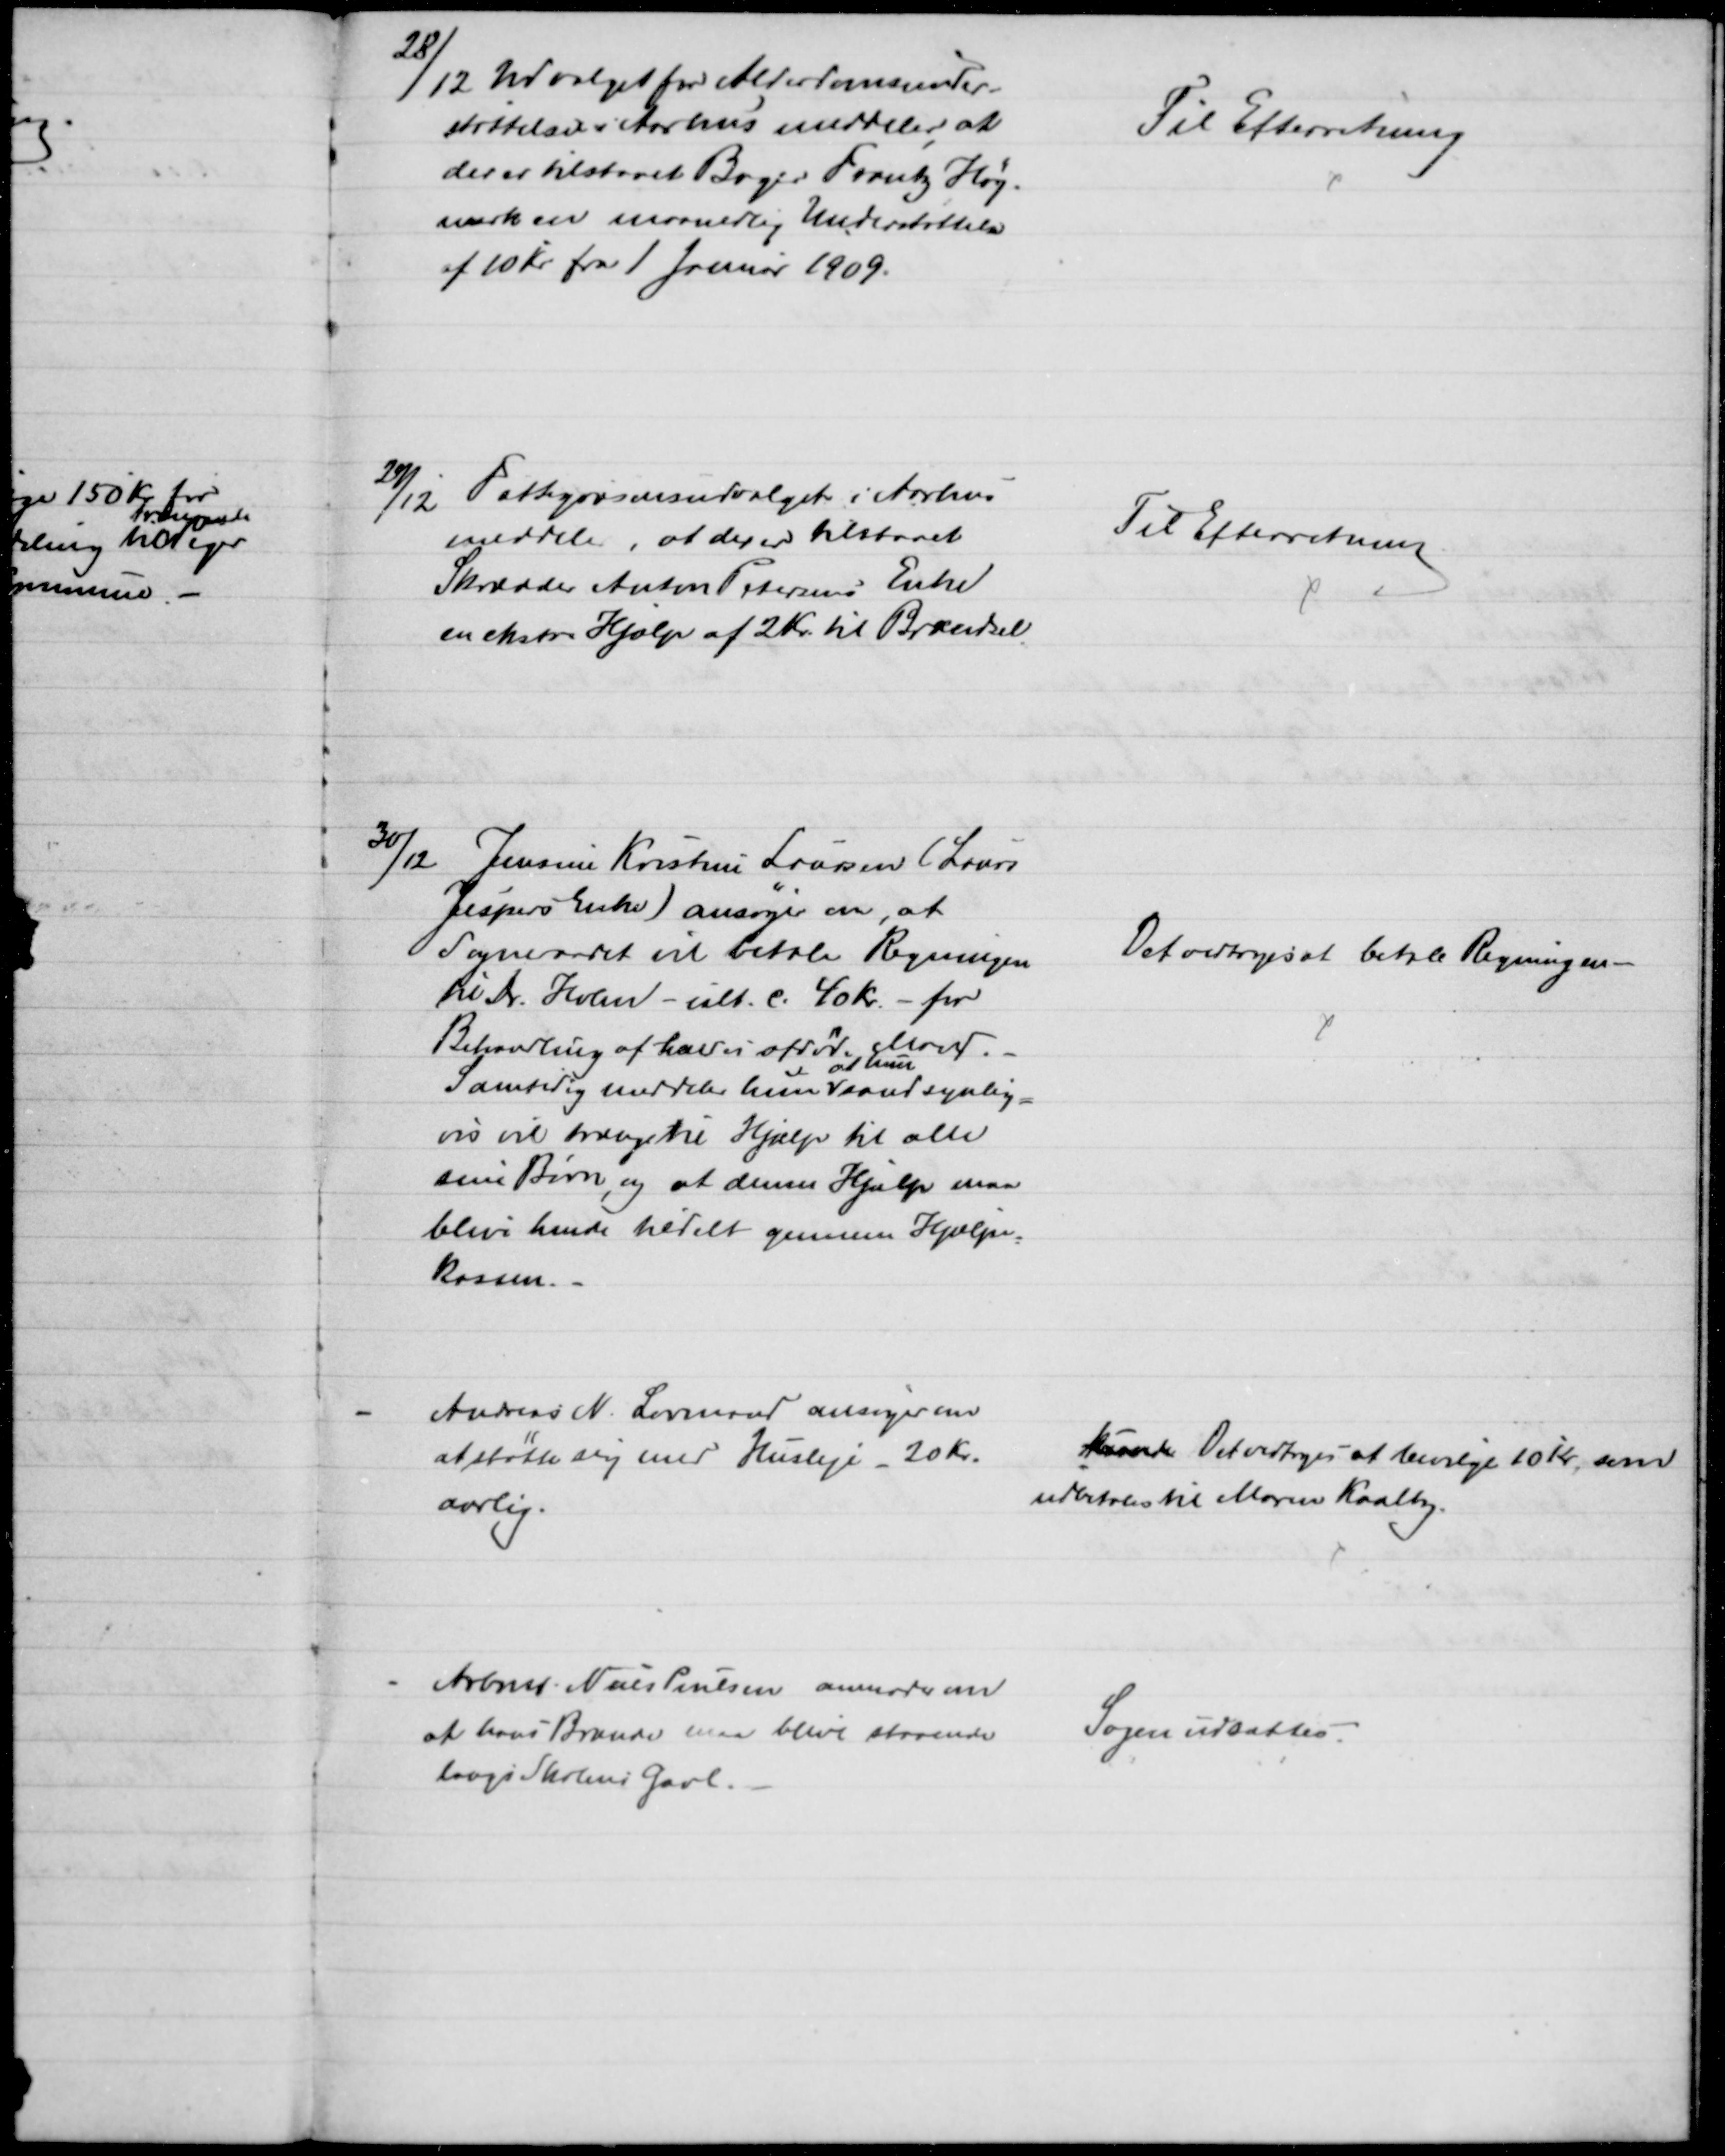
Transskription:
28/12 Udvalget for Alderdomsunder-
støttelse i Aarhus meddeler at
der er tilstaaet Bager Frantz Høj-
mark en maanedlig Understøttelse
af 10 Kr fra 1 Januar 1909.
Til Efterretning
29/12 Fattigvæsensudvalget i Aarhus
meddeler, at der er tilstaaet
Skrædder Anton Petersens Enke
en ekstra Hjælp af 2 Kr. til Brændsel
Til Efterretning
30/12
Jensine Kristine Laursen (Laurs
Jespers Enke) ansøger om, at
Sogneraadet vil betale Regningen
til Dr. Holm - ialt c. 40 Kr. - for
Behandling af hendes afdøde Mand.
Samtidig meddeler hun 
at hun
sandsynlig
=
vis vil trænge til Hjælp til alle
sine Børn, og at denne Hjælp maa
blive hende tildelt gennem Hjælpe-
kassen.
Det vedtoges at betale Regningen
Andreas N. Lovmand ansøger om
at støtte sig med Husleje - 20 Kr.
aarlig.
kunde Det vedtoges at bevilge 10 Kr, som
udbetales til Maren Kaalby.
Arbmd. Niels Poulsen anmoder om
at hans Brænde maa blive staaende
langs Skolens Gavl.
Sagen udsattes.